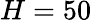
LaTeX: H=50